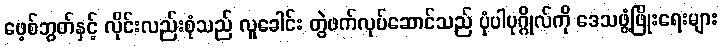
ဖေ့စ်ဘွတ်နှင့် လိုင်းလည်းစုံသည် လူခေါင်း တွဲဖက်လုပ်ဆောင်သည် ပုံပါပုဂ္ဂိုလ်ကို ဒေသဖွံ့ဖြိုးရေးများ